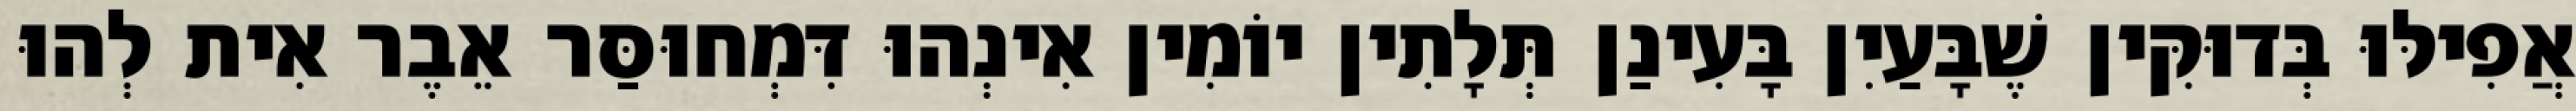
אֲפִילּוּ בְּדוּקִּין שֶׁבָּעַיִן בָּעִינַן תְּלָתִין יוֹמִין אִינְהוּ דִּמְחוּסַּר אֵבֶר אִית לְהוּ